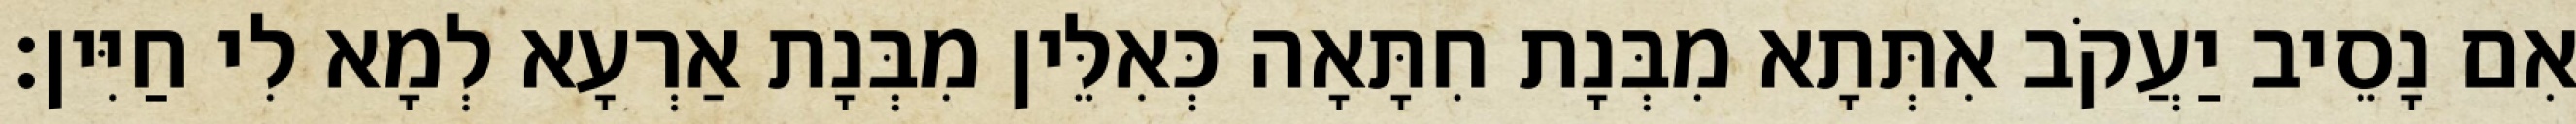
אִם נָסֵיב יַעֲקֹב אִתְּתָא מִבְּנָת חִתָּאָה כְּאִלֵּין מִבְּנָת אַרְעָא לְמָא לִי חַיִּין׃